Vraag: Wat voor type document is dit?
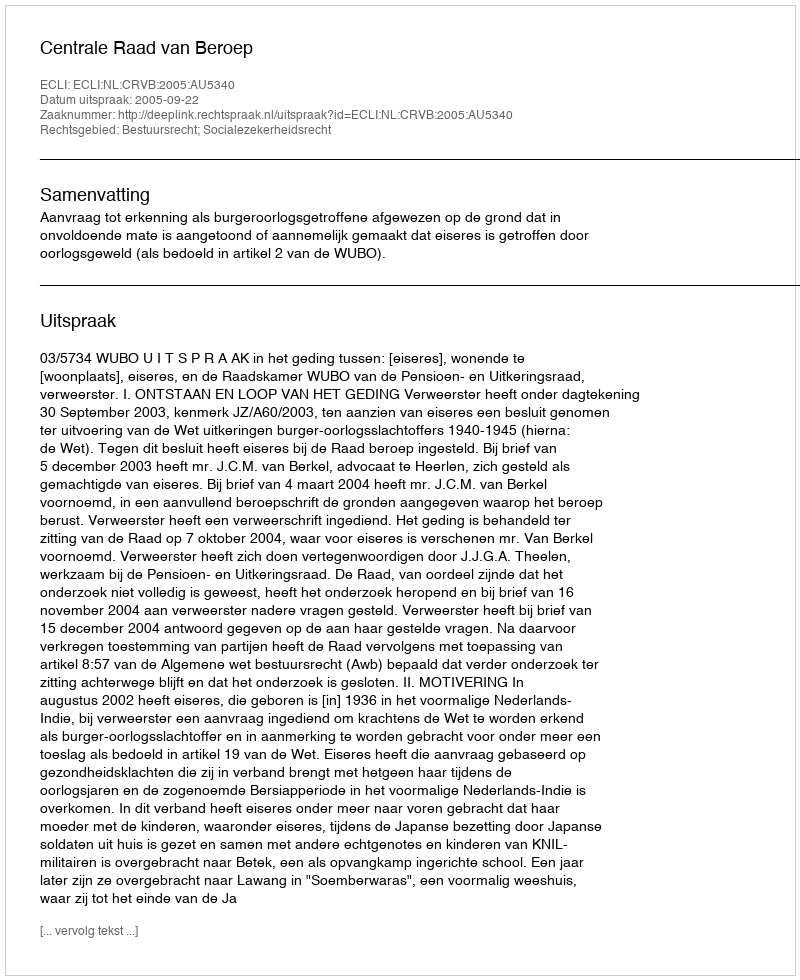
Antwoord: Uitspraak